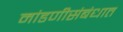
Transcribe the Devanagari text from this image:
मांडणीसंबंधात